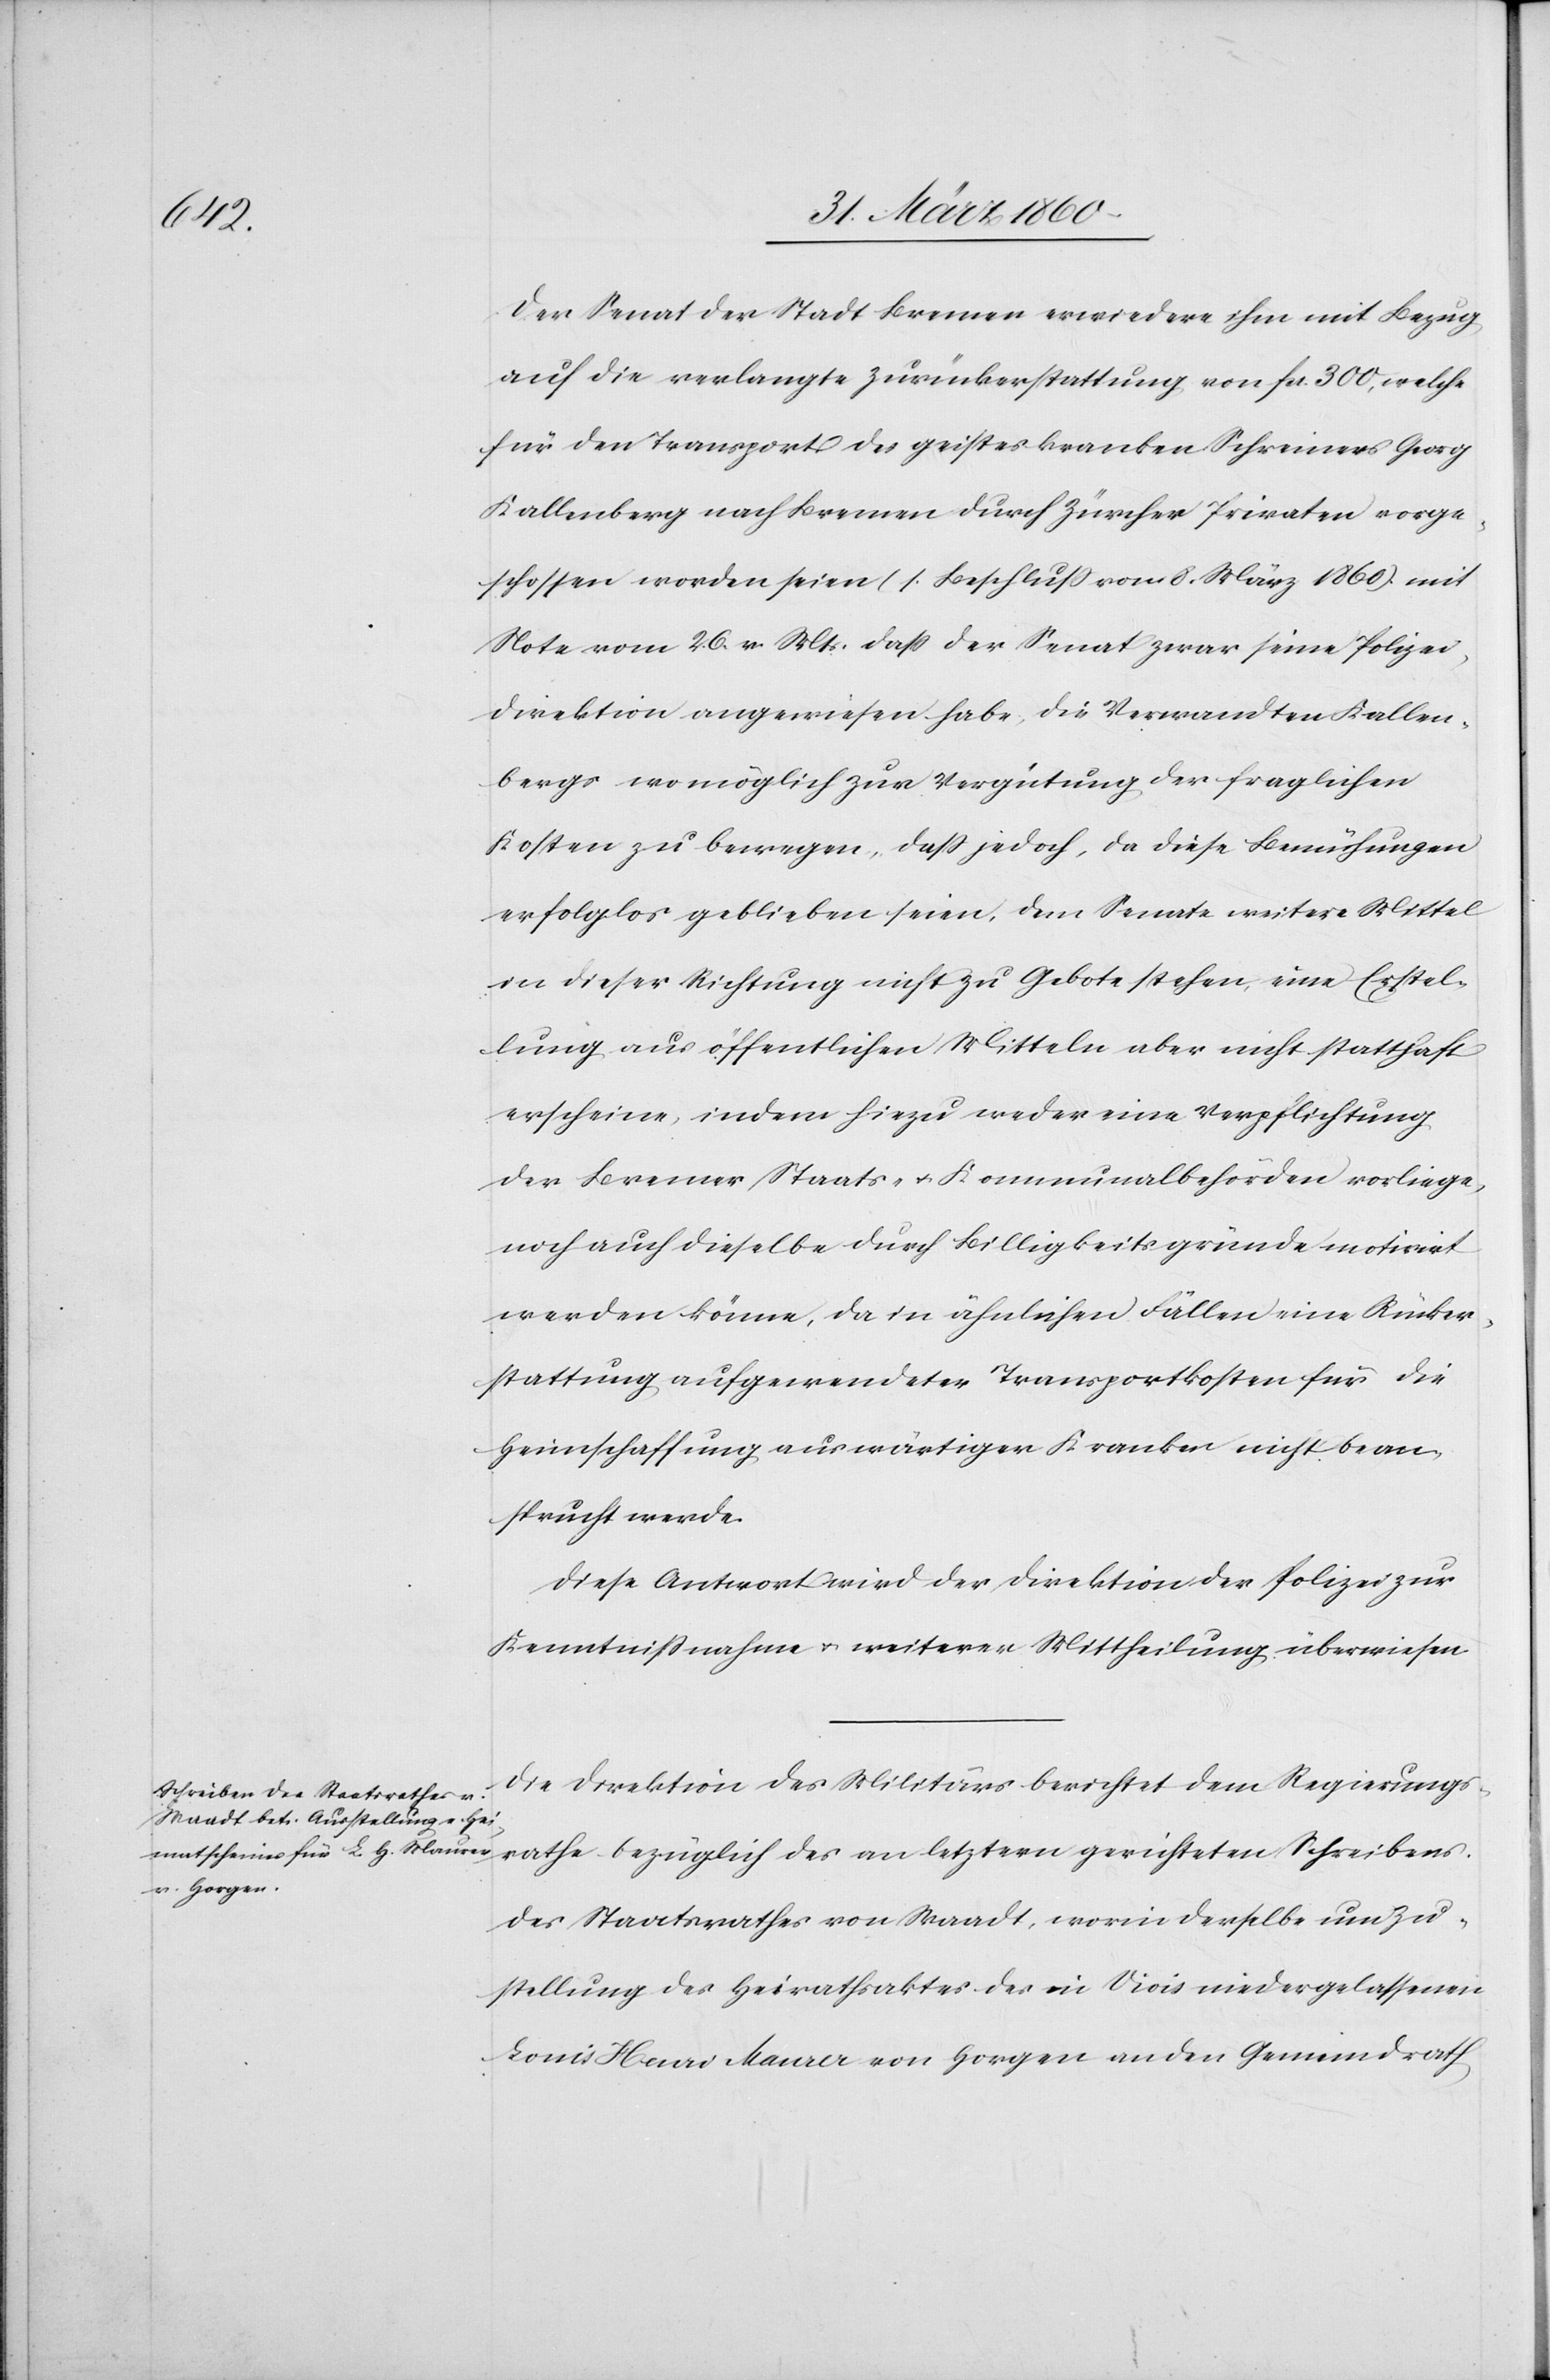
rathe

Der Senat der Stadt Bremen erwiedere ihm mit Bezug
auf die verlangte Zurückerstattung von fcs. 300, welche
für den Transport des geisteskranken Schreiners Georg
Kallenberg nach Bremen durch Zürcher Privaten vorge¬
schossen worden seien (s. Beschluss vom 8. März 1860) mit
Note vom 26. v. Mts. dass der Senat zwar seine Polizei¬
direktion angewiesen habe, die Verwandten Kallen¬
bergs wo möglich zur Vergütung der fraglichen
Kosten zu bewegen, daß jedoch, da diese Bemühungen
erfolglos geblieben seien, dem Senate weitere Mittel
in dieser Richtung nicht zu Gebote stehen, eine Erstel¬
lung aus öffentlichen Mitteln aber nicht statthaft
erscheine, indem hiezu weder eine Verpflichtung
der Bremer Staats- u. Kommunalbehörden vorliege,
noch auch dieselbe durch Billigkeitsgründe motivirt
werden könne, da in ähnlichen Fällen eine Rücker¬
stattung aufgewendeter Transportkosten für die
Heimschaffung auswärtiger Kranken nicht bean¬
sprucht werde.
Diese Antwort wird der Direktion der Polizei zur
Kenntnissnahme u. weiterer Mittheilung überwiesen.
Die Direktion des Militärs berichtet dem Regierungs¬
des Staatsrathes von Waadt, worin derselbe um Zu¬
stellung des Heirathsaktes der in Vivis niedergelassenen
Louis Henao Maurer von Horgen an den Gemeindrath